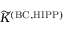
\widetilde { K } ^ { \mathrm { ( B C , H I P P ) } }